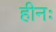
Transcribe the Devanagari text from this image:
हीनः